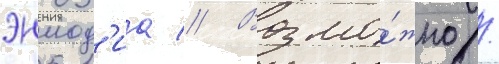
эннод'иа // Возмо́жно /